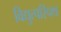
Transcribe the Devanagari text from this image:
विद्युत्परिपथ